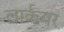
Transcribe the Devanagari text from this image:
लार्कयर